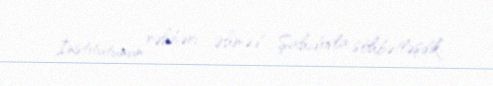
İnstitutunun rəhbəri Əhməd Şahidovla söhbətləşdik.